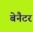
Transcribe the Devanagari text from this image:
बेनैटर